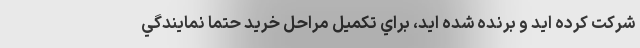
شركت كرده ايد و برنده شده ايد، براي تكميل مراحل خريد حتما نمايندگي